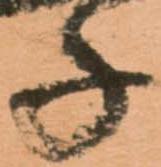
千